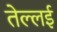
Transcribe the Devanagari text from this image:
तेल्लई